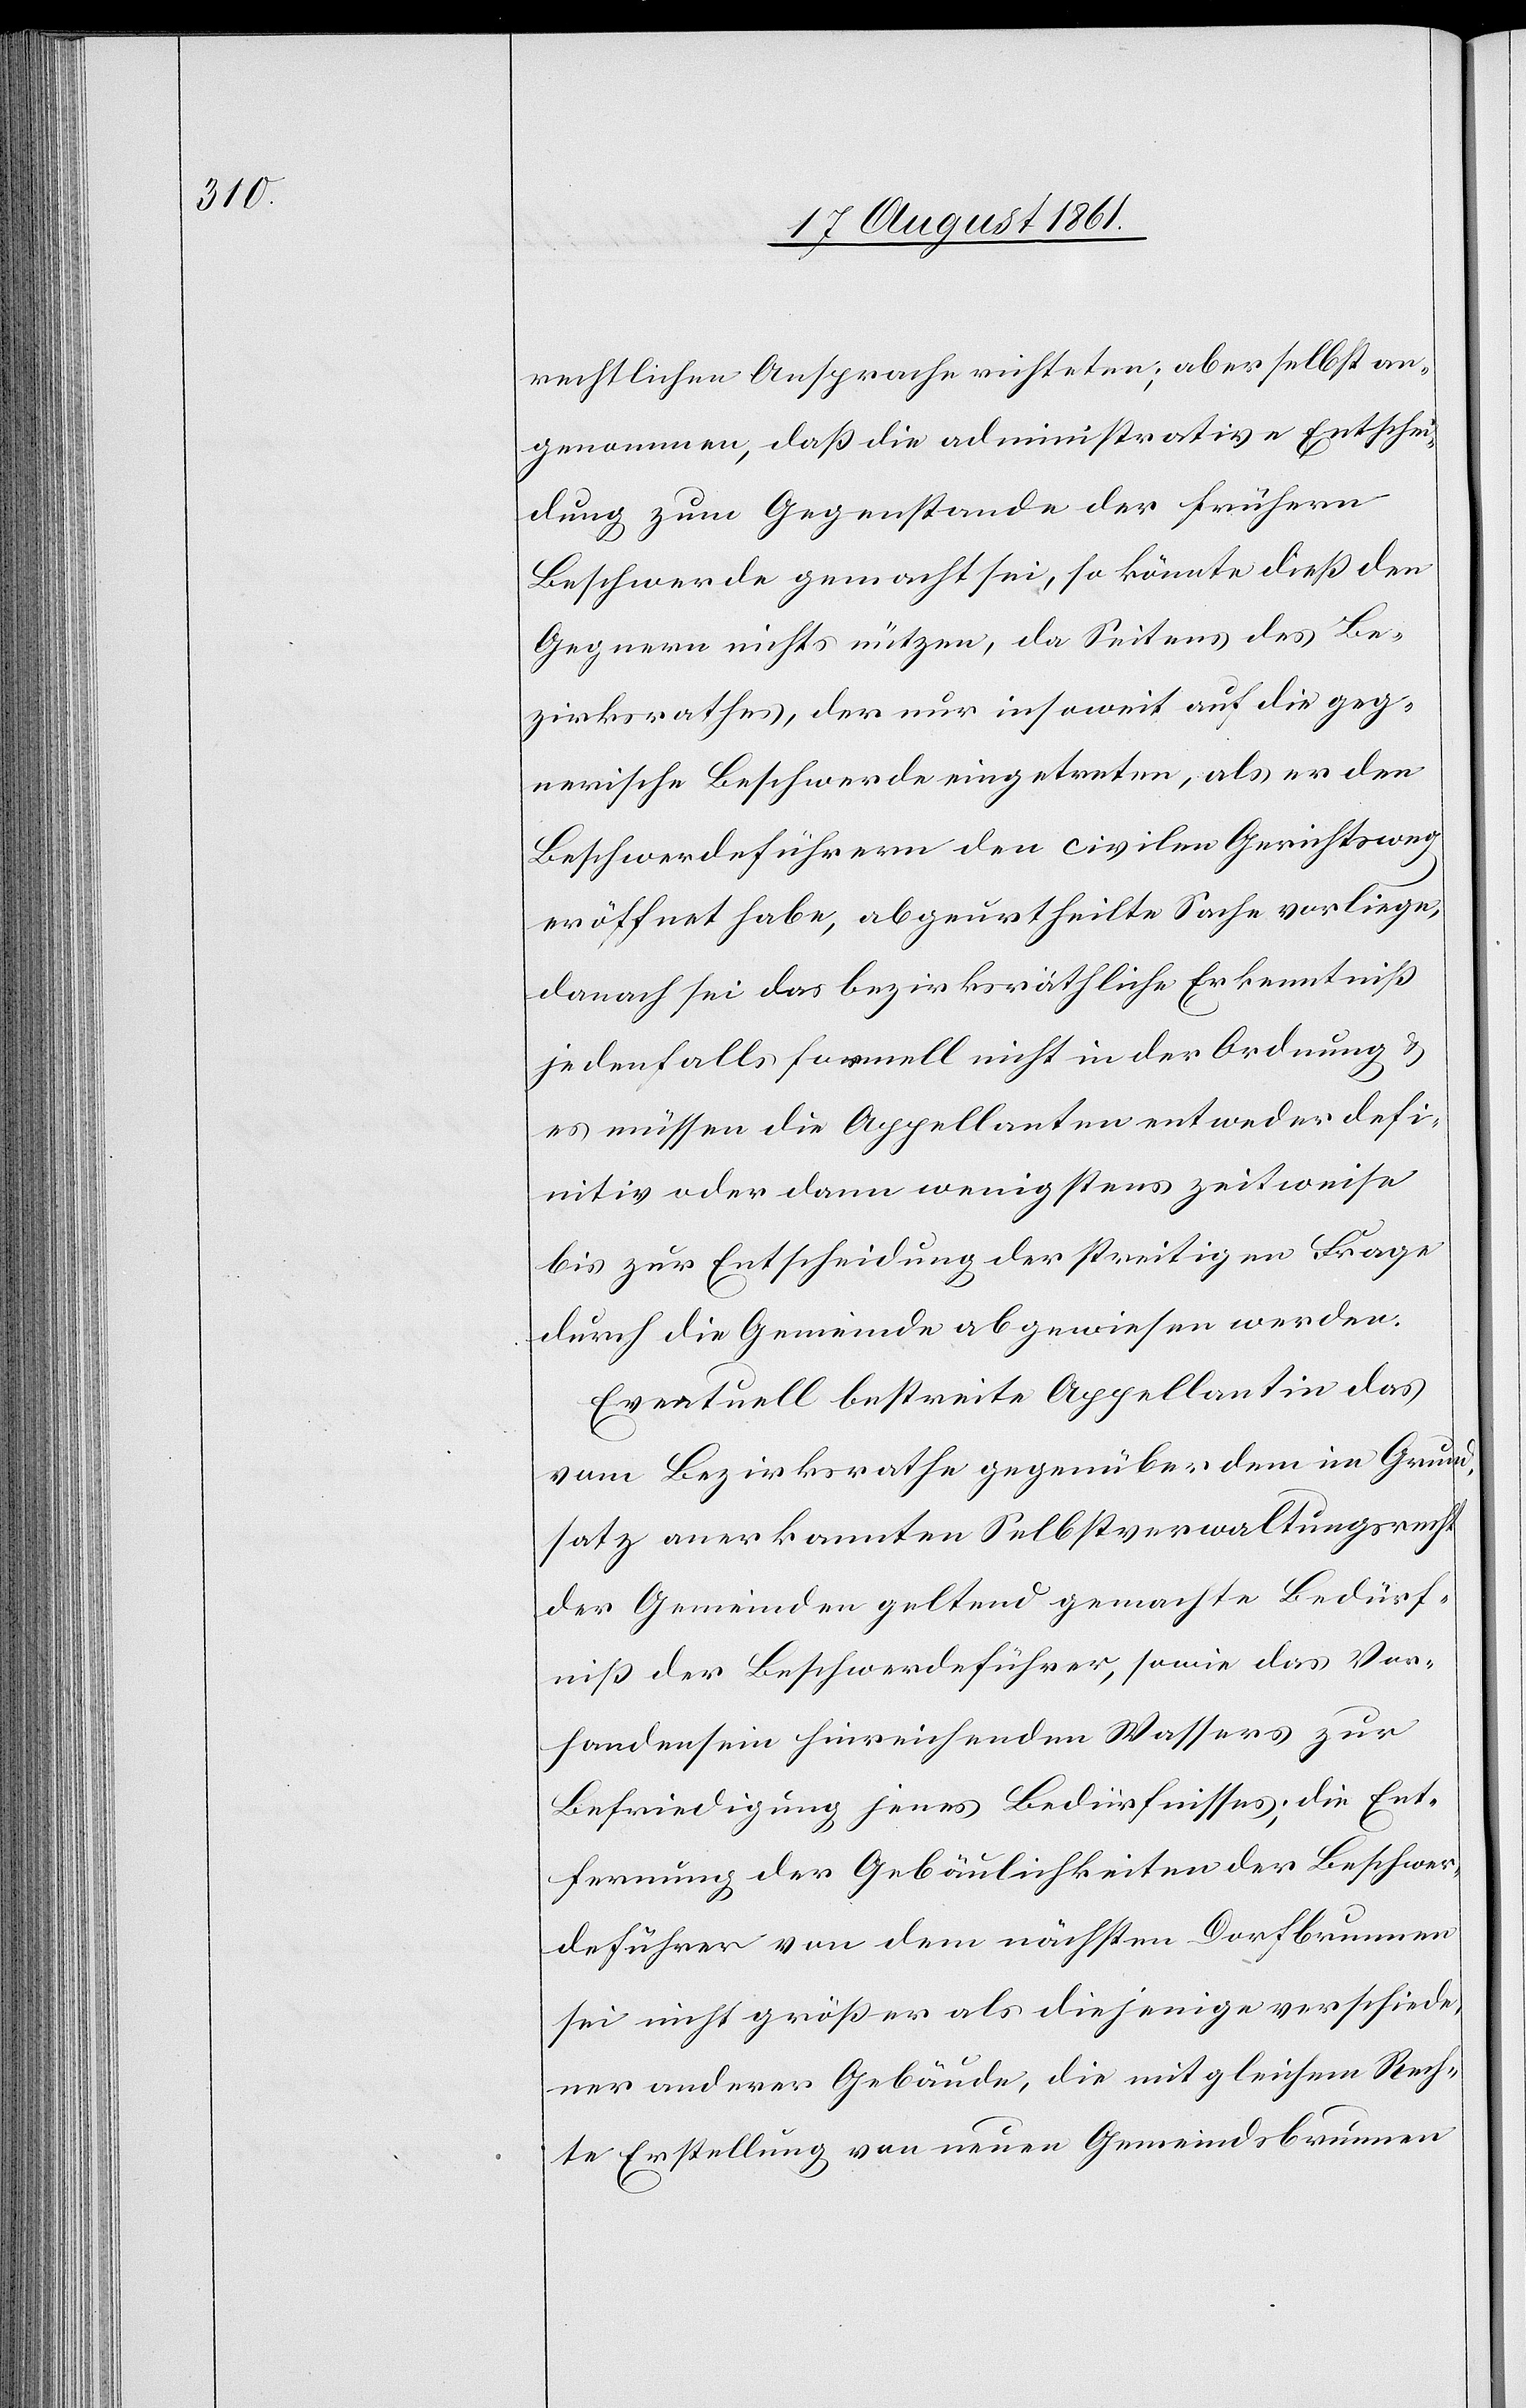
rechtlichen Ansprache richteten; aber selbst an¬
genommen, daß die administrative Entschei¬
dung zum Gegenstande der frühern
Beschwerde gemacht sei, so könnte dieß den
Gegnern nichts nützen, da Seitens des Be¬
zirksrathes, der nur insoweit auf die geg¬
nerische Beschwerde eingetreten, als er den
Beschwerdeführern den civilen Gerichtsweg
eröffnet habe, abgeurtheilte Sache vorliege,
danach sei das bezirksräthliche Erkenntniß
jedenfalls formell nicht in der Ordnung
es müssen die Appellanten entweder defi¬
nitiv oder dann wenigstens zeitweise
bis zur Entscheidung der streitigen Frage
durch die Gemeinde abgewiesen werden.
Eventuell bestreite Appellantin das
vom Bezirksrathe gegenüber dem im Grund¬
satz anerkannten Selbstverwaltungsrecht
der Gemeinden geltend gemachte Bedürf¬
niß der Beschwerdeführer, sowie das Vor¬
handensein hinreichenden Wassers zur
Befriedigung jenes Bedürfnisses, die Ent¬
fernung der Gebäulichkeiten der Beschwer¬
deführer von dem nächsten Dorfbrunnen
sei nicht größer als diejenigen verschiede¬
ner anderer Gebäude, die mit gleichem Rech¬
te Erstellung von neuen Gemeindsbrunnen